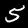
Label: 5